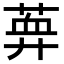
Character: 𦶯